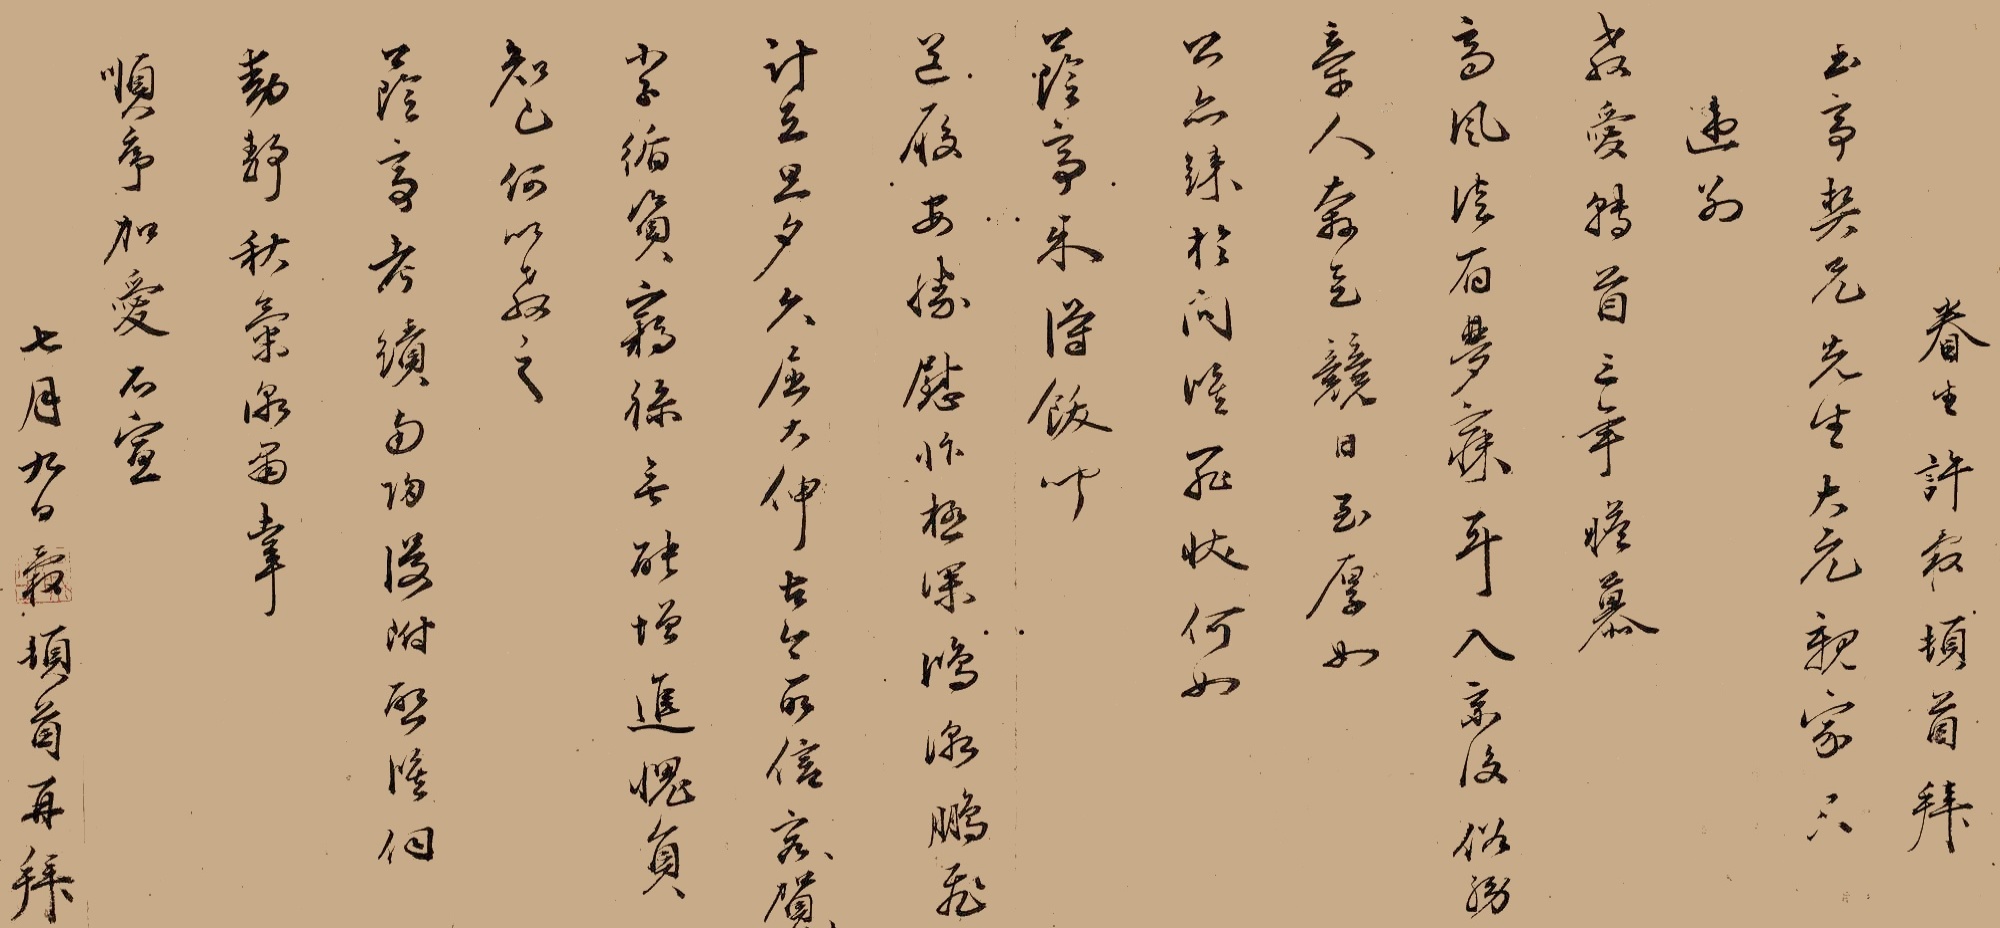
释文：眷生许榖顿首。拜玉亭契兄先生大元亲家门下：违别教爱，转首三年，瞻慕高风，徒有梦寐耳。入京后，俗务牵人，奔走竞日，至厚如公，亦疏于问候，罪状何如？荫亭来，得饫闻道履安胜，慰忭极深。鸿渐鹏飞，计在旦夕，久屈大伸，古今所信，容贺容贺！小子循资窃禄，无能增进，愧负知已，何以教之？荫亭考绩南归，漫附启候伺动静。秋气渐肃，幸顺序加爱，不宣。七月九日，榖顿首再拜。石城居士